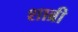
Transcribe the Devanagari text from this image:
शाब्री